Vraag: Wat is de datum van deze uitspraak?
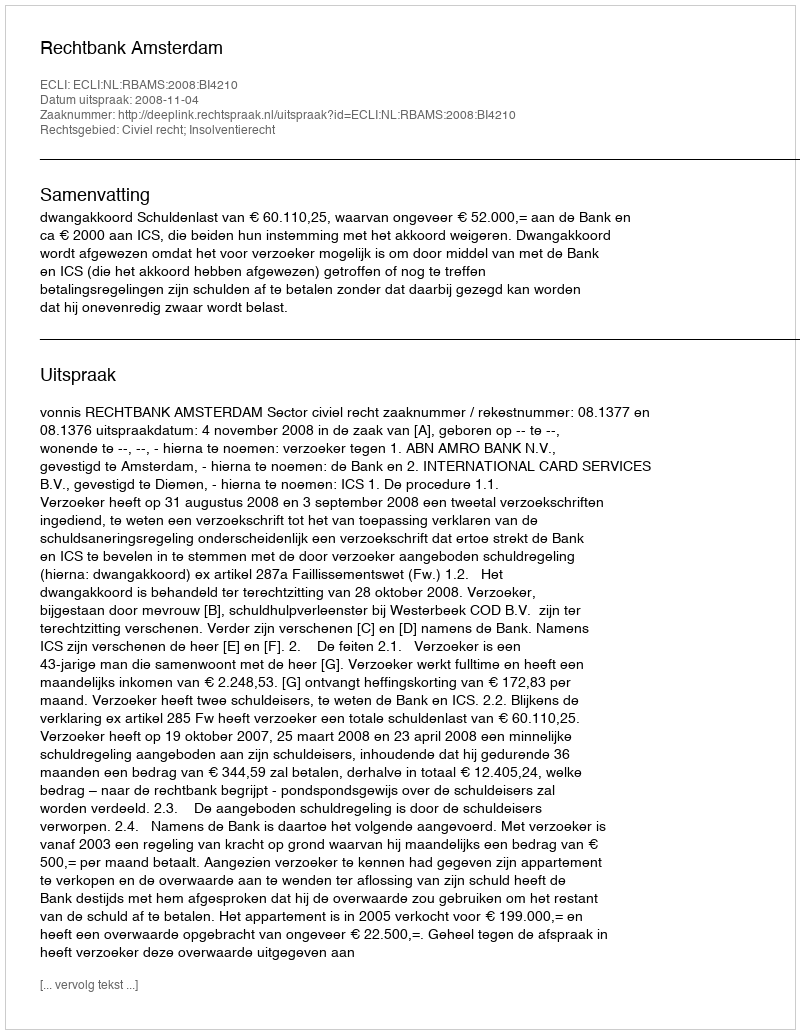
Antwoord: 2008-11-04